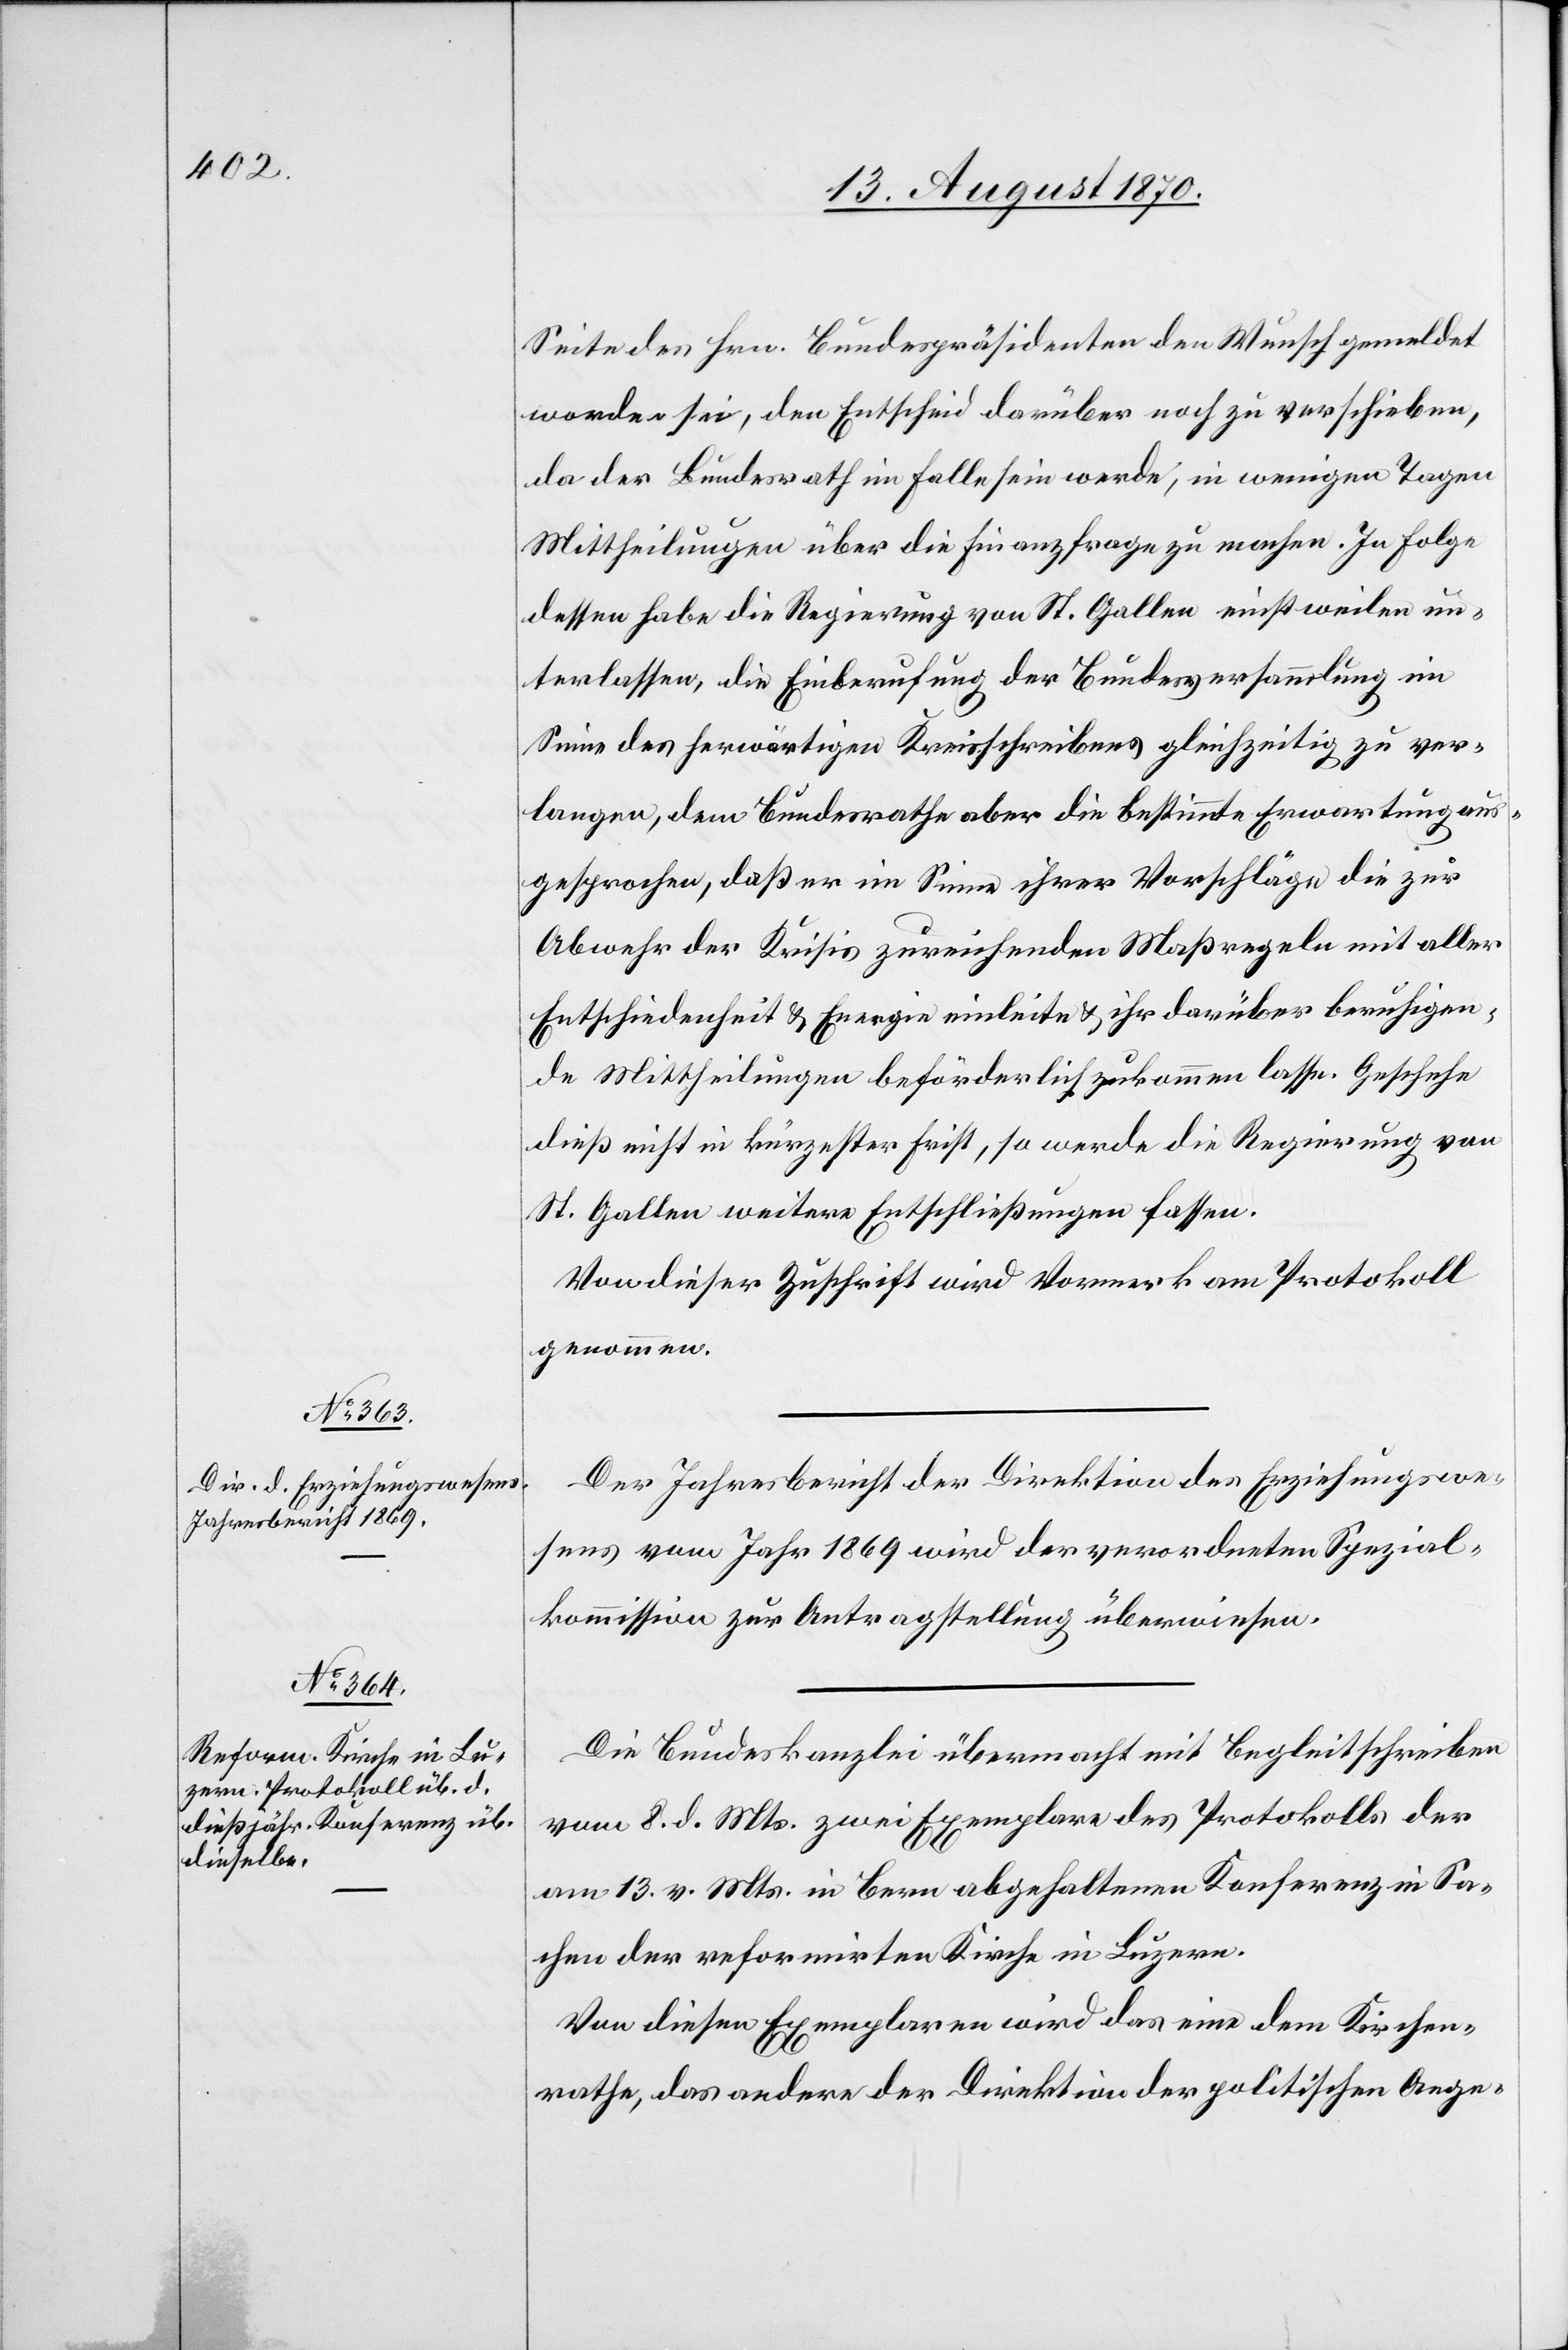
Seite des Hrn. Bundespräsidenten den Wunsch gemeldet
worden sei, den Entscheid darüber noch zu verschieben,
da der Bundesrath im Falle sein werde, in wenigen Tagen
Mittheilungen über die Finanzfrage zu machen. In Folge
dessen habe die Regierung von St. Gallen einstweilen un¬
terlassen, die Einberufung der Bundesversammlung im
Sinne des herwärtigen Kreisschreibens gleichzeitig zu ver¬
langen, dem Bundesrathe aber die bestimmte Erwartung aus¬
gesprochen, daß er im Sinne ihrer Vorschläge die zur
Abwehr der Krisis zureichenden Maßregeln mit aller
Entschiedenheit & Energie einleite & ihr darüber beruhigen¬
de Mittheilungen beförderlich zukommen lasse. Geschehe
dieß nicht in kürzester Frist, so werde die Regierung von
St. Gallen weitere Entschließungen fassen.
Von dieser Zuschrift wird Vormerk am Protokoll
genommen.
Der Jahresbericht der Direktion des Erziehungswe¬
sens vom Jahr 1869 wird der verordneten Spezial¬
kommission zur Antragstellung überwiesen.
Die Bundeskanzlei übermacht mit Begleitschreiben
vom 8. d. Mts. zwei Exemplare des Protokolls der
am 13. v. Mts. in Bern abgehaltenen Konferenz in Sa¬
chen der reformirten Kirche in Luzern.
Von diesen Exemplaren wird das eine dem Kirchen¬
rathe, das andere der Direktion der politischen Ange-